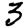
Digit: 3